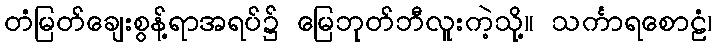
တံမြတ်ချေးစွန့်ရာအရပ်၌ မြေဘုတ်ဘီလူးကဲ့သို့။ သင်္ကာရစောဠံ၊